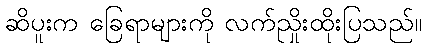
ဆိပူးက ခြေရာများကို လက်ညှိုးထိုးပြသည်။